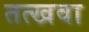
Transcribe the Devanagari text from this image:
तत्खवा